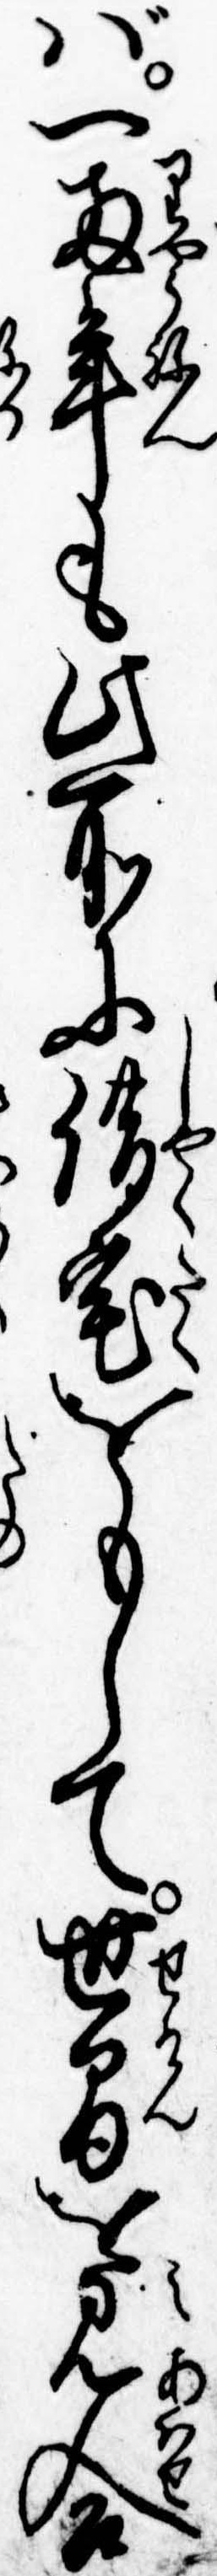
ば一両年も此所に借宅をもして世間を見合